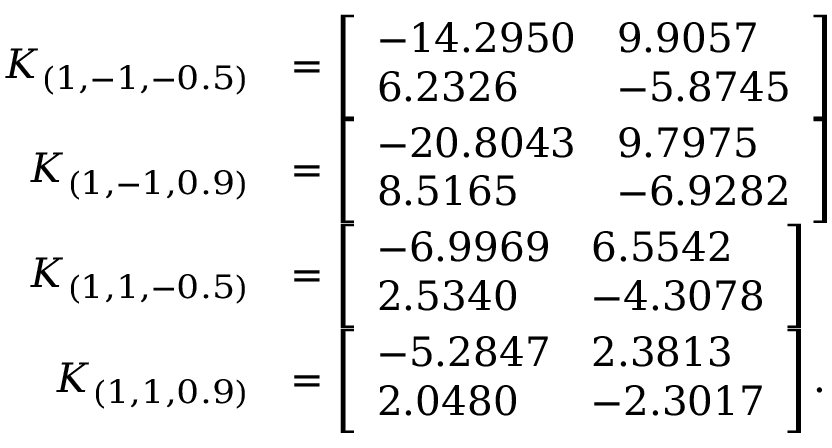
\begin{array} { r l } { K _ { ( 1 , - 1 , - 0 . 5 ) } } & { = \left[ \begin{array} { l l } { - 1 4 . 2 9 5 0 } & { 9 . 9 0 5 7 } \\ { 6 . 2 3 2 6 } & { - 5 . 8 7 4 5 } \end{array} \right] } \\ { K _ { ( 1 , - 1 , 0 . 9 ) } } & { = \left[ \begin{array} { l l } { - 2 0 . 8 0 4 3 } & { 9 . 7 9 7 5 } \\ { 8 . 5 1 6 5 } & { - 6 . 9 2 8 2 } \end{array} \right] } \\ { K _ { ( 1 , 1 , - 0 . 5 ) } } & { = \left[ \begin{array} { l l } { - 6 . 9 9 6 9 } & { 6 . 5 5 4 2 } \\ { 2 . 5 3 4 0 } & { - 4 . 3 0 7 8 } \end{array} \right] } \\ { K _ { ( 1 , 1 , 0 . 9 ) } } & { = \left[ \begin{array} { l l } { - 5 . 2 8 4 7 } & { 2 . 3 8 1 3 } \\ { 2 . 0 4 8 0 } & { - 2 . 3 0 1 7 } \end{array} \right] . } \end{array}